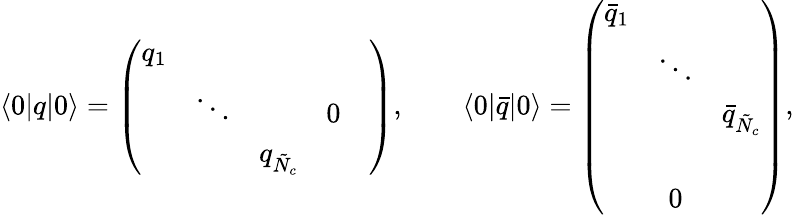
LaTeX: \langle 0|q|0\rangle=\left(\begin{array}{ccccc}{{q_{1}}}&{{}}&{{}}&{{}}&{{}}\\ {{}}&{{\ddots}}&{{}}&{{0}}&{{}}\\ {{}}&{{}}&{{q_{\tilde{N}_{c}}}}&{{}}&{{}}\end{array}\right),\qquad\langle 0|{\bar{q}}|0\rangle=\left(\begin{array}{ccc}{{\bar{q}_{1}}}&{{}}&{{}}\\ {{}}&{{\ddots}}&{{}}\\ {{}}&{{}}&{{\bar{q}_{\tilde{N}_{c}}}}\\ {{}}&{{}}&{{}}\\ {{}}&{{0}}&{{}}\end{array}\right),